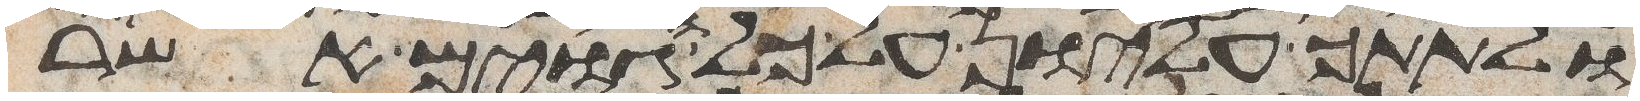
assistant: ולתתך עליון על כל הגוים אשר